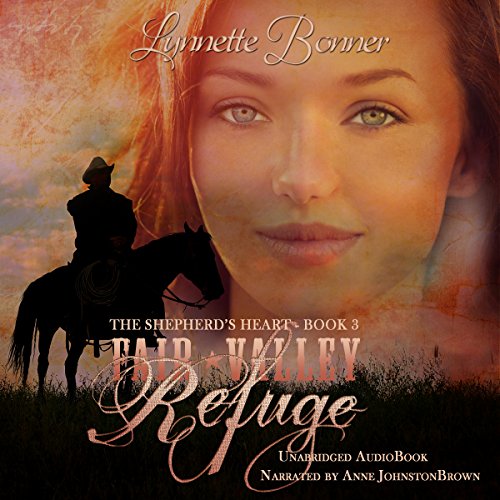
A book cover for Fair Valley Refuge: The Shepherd's Heart, Book 3; Lynnette Bonner; Christian Books & Bibles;